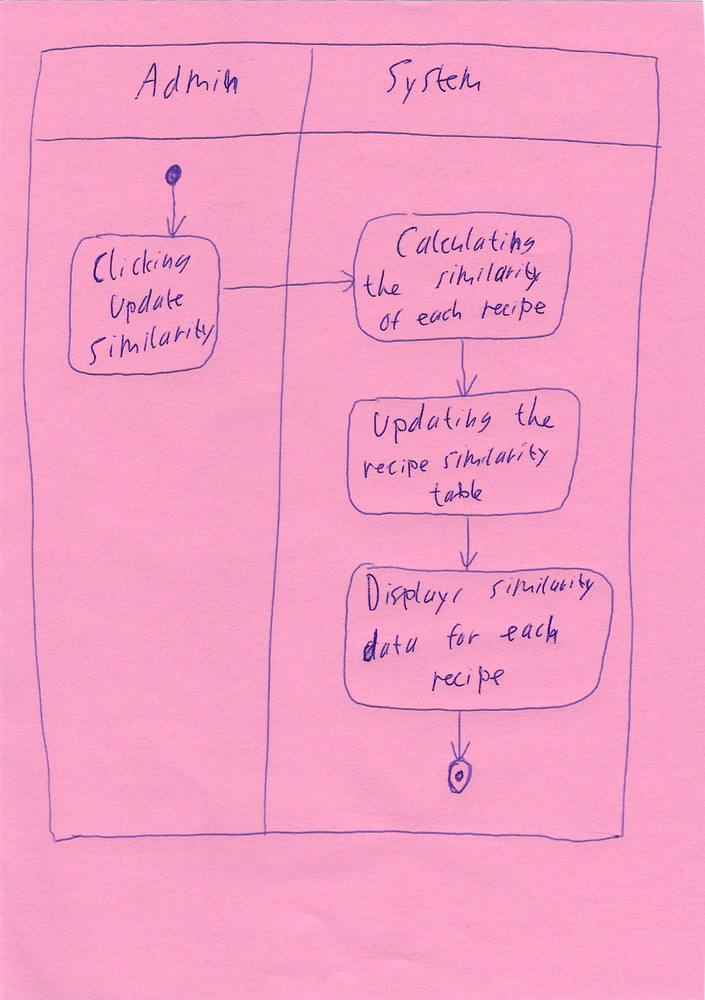
Diagram type: activity_diagram
```plantuml
@startuml

|Admin|

start

:Clicking Update Similarity;

|System|

:Calculating the similarity of each recipe;

:Updating the recipe similarity table;

:Displays similarity data for each recipe;

stop

@enduml
```